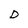
Character: D